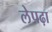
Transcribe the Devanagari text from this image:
लेपढ़ा